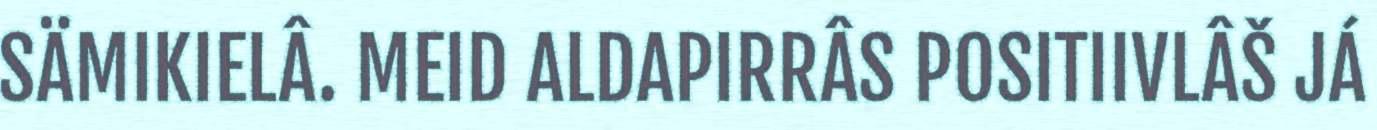
SÄMIKIELÂ. MEID ALDAPIRRÂS POSITIIVLÂŠ JÁ